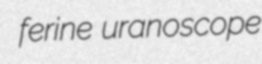
ferine uranoscope